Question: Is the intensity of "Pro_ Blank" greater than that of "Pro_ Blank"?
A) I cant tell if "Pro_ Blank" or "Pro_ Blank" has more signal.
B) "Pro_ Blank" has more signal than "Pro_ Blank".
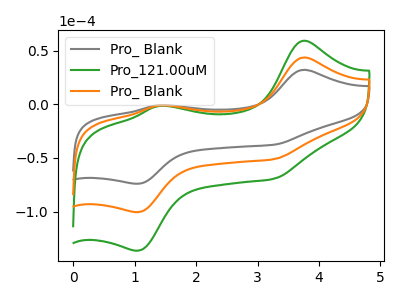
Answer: <think>The gray curve "Pro_ Blank" has anodic peaks at (3.75V, 32.15uA) (1.40V, -0.85uA) and cathodic peaks at (3.25V, -37.70uA) (1.05V, -74.05uA). The green curve "Pro_121.00uM" has anodic peaks at (3.75V, 87.35uA) (1.40V, -2.30uA) and cathodic peaks at (3.25V, -102.35uA) (1.05V, -201.05uA). The orange curve "Pro_ Blank" has anodic peaks at (3.75V, 43.65uA) (1.40V, -1.15uA) and cathodic peaks at (3.25V, -51.15uA) (1.05V, -100.55uA).
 All the peaks in "Pro_ Blank" have a peak in "Pro_ Blank" at the same potential.</think>
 <answer>A) I cant tell if "Pro_ Blank" or "Pro_ Blank" has more signal.</answer>
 <eval>A</eval>